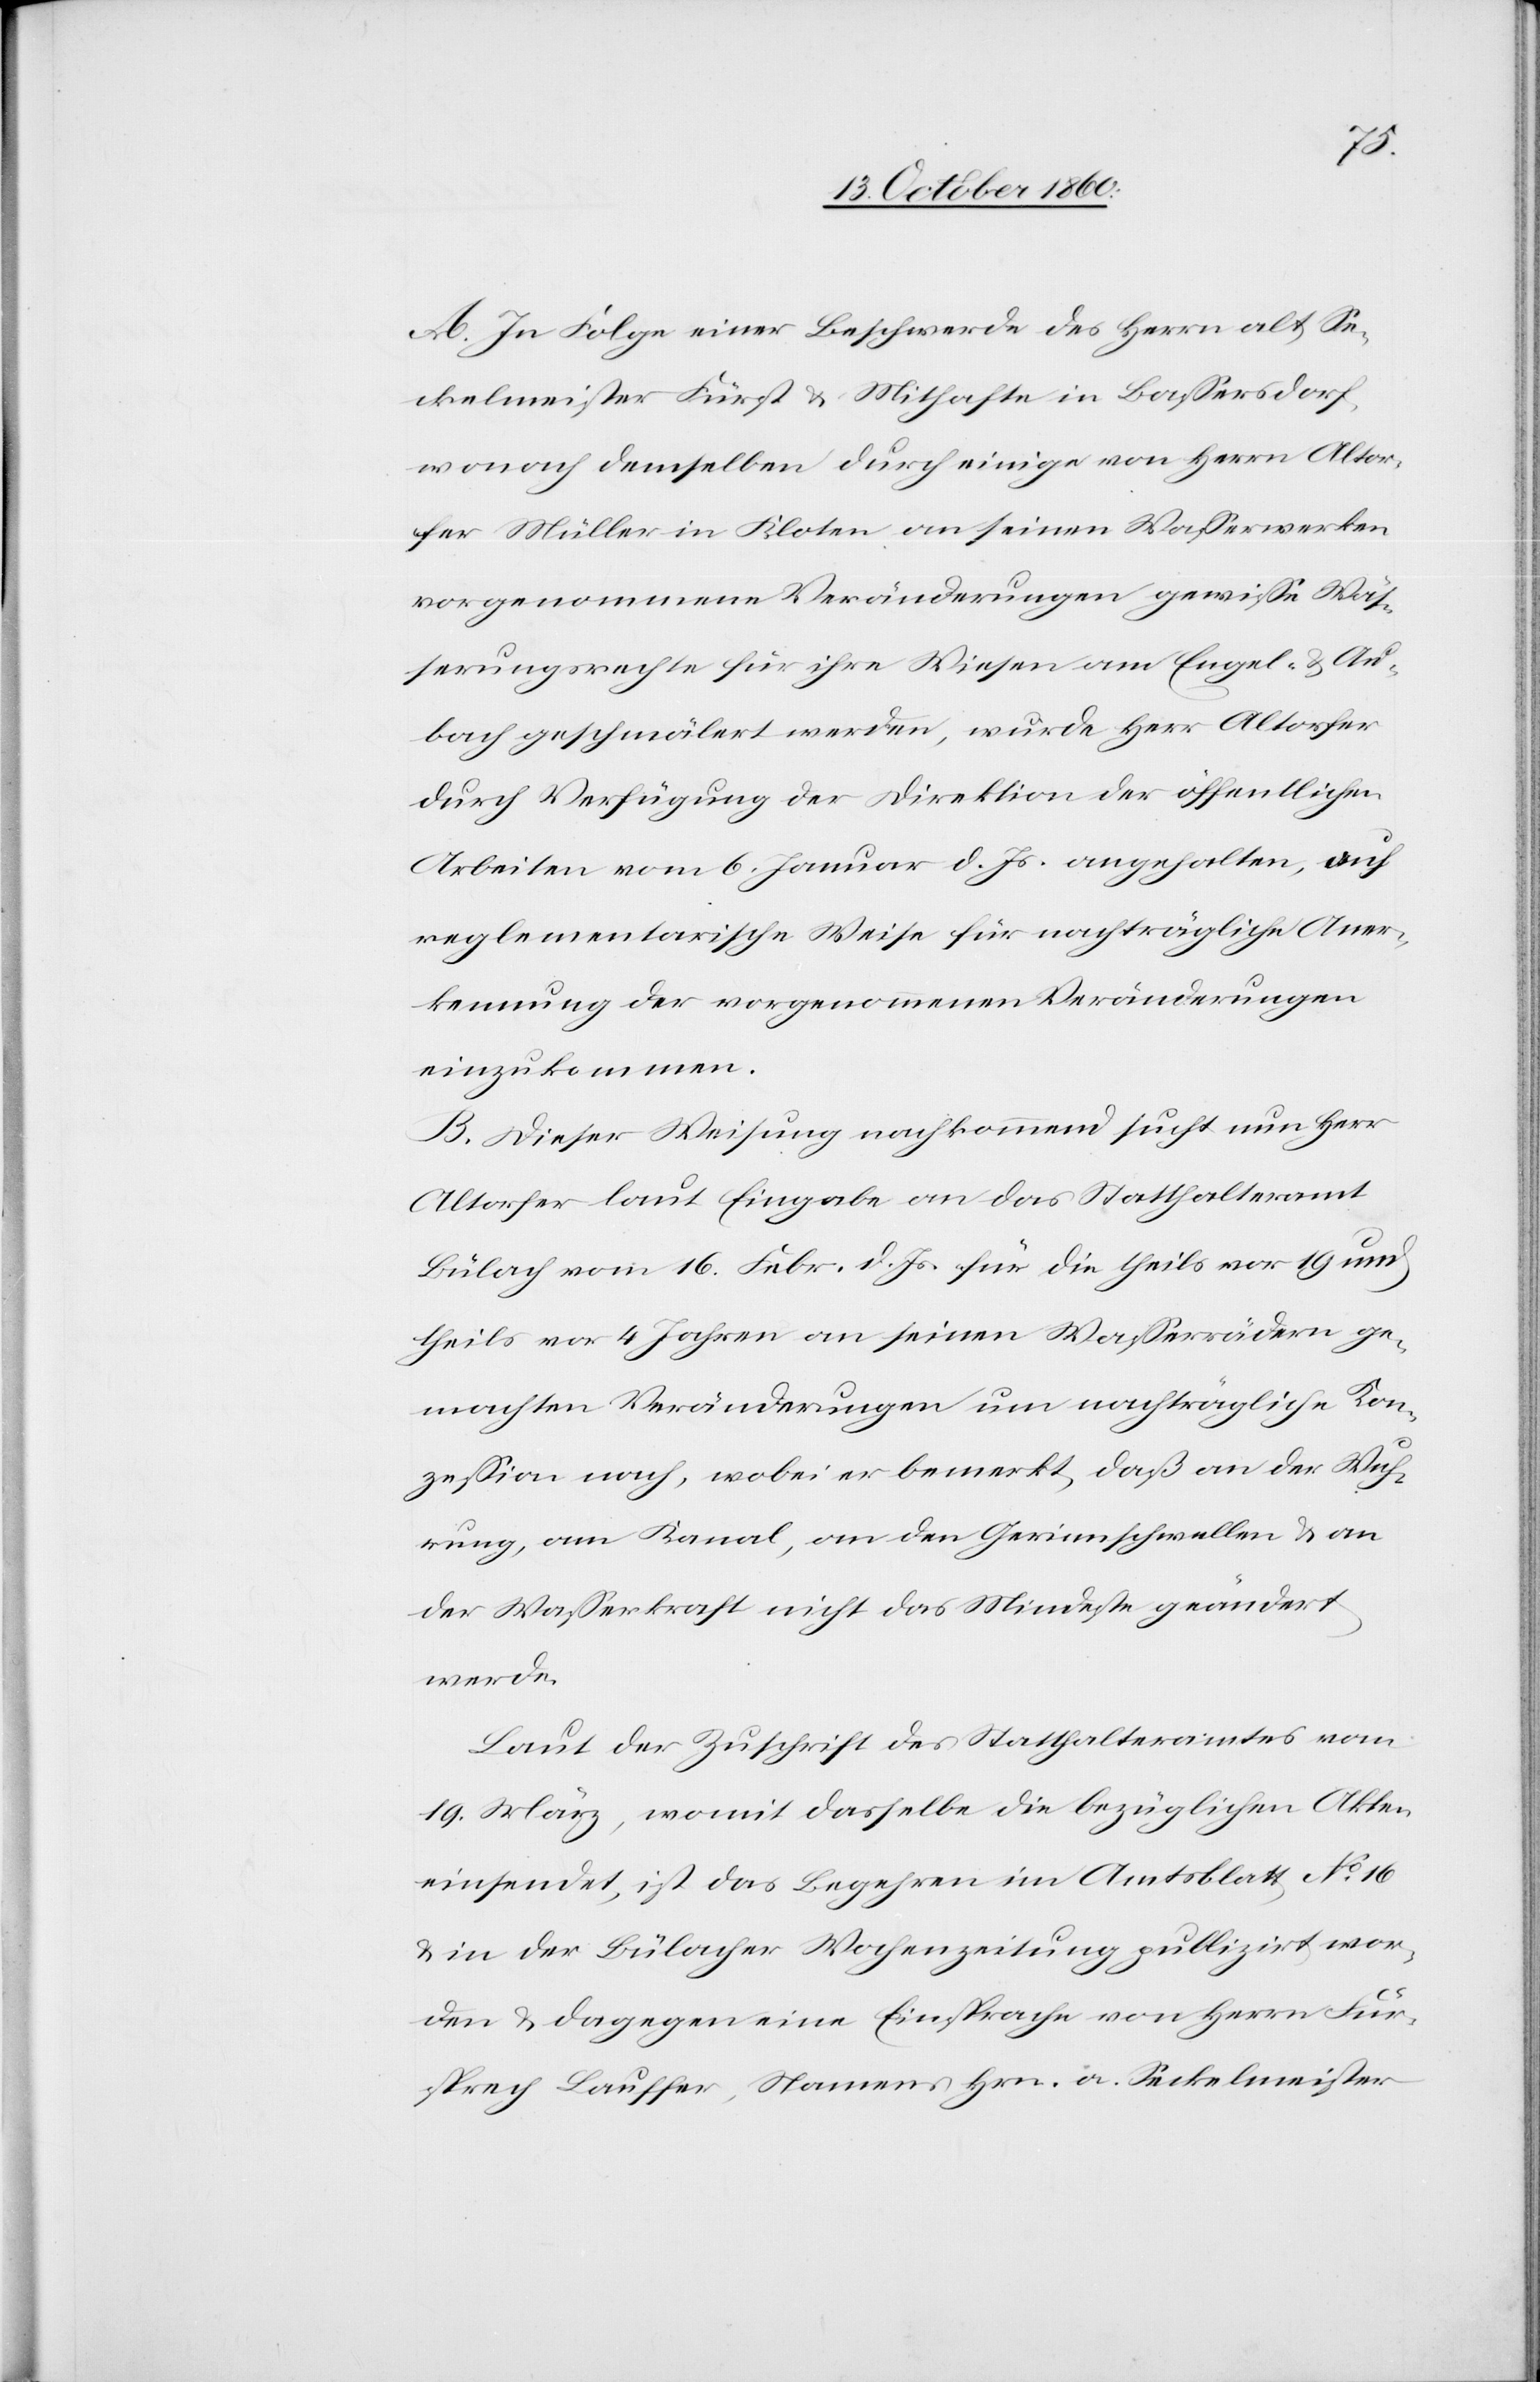
A. In Folge einer Beschwerde des Herrn alt Se¬
ckelmeister Fürst u. Mithafte in Bassersdorf,
wonach demselben durch einige von Herrn Altor¬
fer Müller in Kloten an seinen Wasserwerken
vorgenommene Veränderungen gewiße Wäs¬
serungsrechte für ihre Wiesen am Engel- u. Au¬
bach geschmälert werden, wurde Herr Altorfer
durch Verfügung der Direktion der öffentlichen
Arbeiten vom 6. Januar d. Js. angehalten, auf
reglementarische Weise für nachträgliche Aner¬
kennung der vorgenommenen Veränderungen
einzukommen.
B. Dieser Weisung nachkommend sucht nun Herr
Altorfer laut Eingabe an das Statthalteramt
Bülach vom 16. Febr. d. Js. für die theils vor 19 und
theils vor 4 Jahren an seinen Wasserrädern ge¬
machten Veränderungen um nachträgliche Kon¬
zession nach, wobei er bemerkt, daß an der Wuh¬
rung, am Kanal, an den Gerinnschwellen u. an
der Wasserkraft nicht das Mindeste geändert
werde.
Laut der Zuschrift des Statthalteramtes vom
19. März, womit dasselbe die bezüglichen Akten
eingesendet, ist das Begehren im Amtsblatt No 16
u. in der Bülacher Wochenzeitung publizirt wor¬
den u. dagegen eine Einsprache von Herrn Für¬
sprech Lauffer, Namens Hrn. a. Seckelmeister